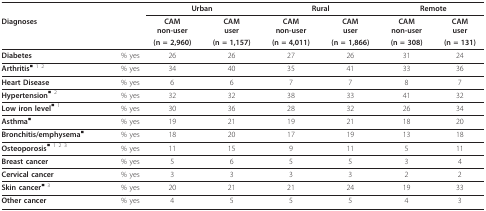
<table><thead><tr><td></td><td></td><td colspan="2"><b>Urban</b></td><td colspan="2"><b>Rural</b></td><td colspan="2"><b>Remote</b></td></tr><tr><td colspan="2"><b>Diagnoses</b></td><td><b>CAMnon-user</b></td><td><b>CAMuser</b></td><td><b>CAMnon-user</b></td><td><b>CAMuser</b></td><td><b>CAMnon-user</b></td><td><b>CAMuser</b></td></tr><tr><td></td><td></td><td><b>(n = 2,960)</b></td><td><b>(n = 1,157)</b></td><td><b>(n = 4,011)</b></td><td><b>(n = 1,866)</b></td><td><b>(n = 308)</b></td><td><b>(n = 131)</b></td></tr></thead><tbody><tr><td><b>Diabetes</b></td><td>% yes</td><td>26</td><td>26</td><td>27</td><td>26</td><td>31</td><td>24</td></tr><tr><td><b>Arthritis</b><sup>■ 1 2</sup></td><td>% yes</td><td>34</td><td>40</td><td>35</td><td>41</td><td>33</td><td>36</td></tr><tr><td><b>Heart Disease</b></td><td>% yes</td><td>6</td><td>6</td><td>7</td><td>7</td><td>8</td><td>7</td></tr><tr><td><b>Hypertension</b><sup>■ 2</sup></td><td>% yes</td><td>32</td><td>32</td><td>38</td><td>33</td><td>41</td><td>32</td></tr><tr><td><b>Low iron level</b><sup>■ 1</sup></td><td>% yes</td><td>30</td><td>36</td><td>28</td><td>32</td><td>26</td><td>34</td></tr><tr><td><b>Asthma</b><sup>■</sup></td><td>% yes</td><td>19</td><td>21</td><td>19</td><td>21</td><td>18</td><td>20</td></tr><tr><td><b>Bronchitis/emphysema</b><sup>■</sup></td><td>% yes</td><td>18</td><td>20</td><td>17</td><td>19</td><td>13</td><td>18</td></tr><tr><td><b>Osteoporosis</b><sup>■ 1 2 3</sup></td><td>% yes</td><td>11</td><td>15</td><td>9</td><td>11</td><td>5</td><td>11</td></tr><tr><td><b>Breast cancer</b></td><td>% yes</td><td>5</td><td>6</td><td>5</td><td>5</td><td>3</td><td>4</td></tr><tr><td><b>Cervical cancer</b></td><td>% yes</td><td>3</td><td>3</td><td>3</td><td>3</td><td>2</td><td>2</td></tr><tr><td><b>Skin cancer</b><sup>■ 3</sup></td><td>% yes</td><td>20</td><td>21</td><td>21</td><td>24</td><td>19</td><td>33</td></tr><tr><td><b>Other cancer</b></td><td>% yes</td><td>4</td><td>5</td><td>5</td><td>5</td><td>4</td><td>3</td></tr></tbody></table>